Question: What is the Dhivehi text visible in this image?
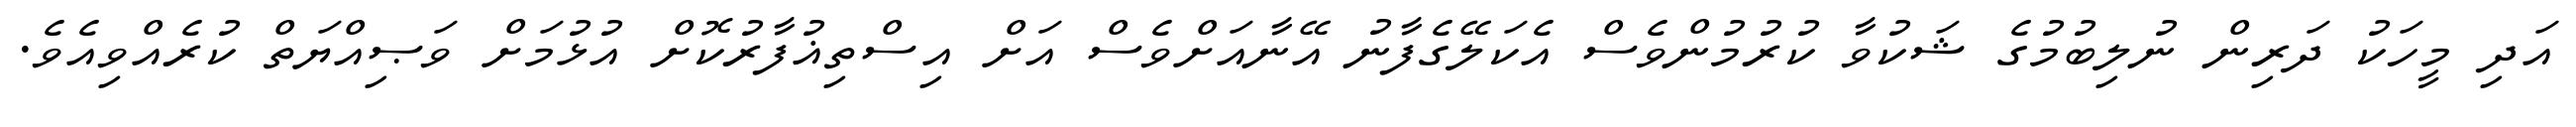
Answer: އަދި މީހަކު ދަރިން ނުލިބުމުގެ ޝަކުވާ ކުރުމުންވެސް އެކަލޭގެފާނު އޭނާއަށްވެސް އަށް އިސްތިޣުފާރުކޮށް އުޅުމަށް ވަޞިއްޔަތް ކުރެއްވިއެވެ.